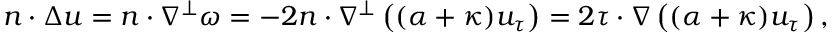
\begin{array} { r } { n \cdot \Delta u = n \cdot \nabla ^ { \perp } \omega = - 2 n \cdot \nabla ^ { \perp } \left( ( \alpha + \kappa ) u _ { \tau } \right) = 2 \tau \cdot \nabla \left( ( \alpha + \kappa ) u _ { \tau } \right) , } \end{array}